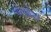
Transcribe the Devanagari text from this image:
गत्यारोध